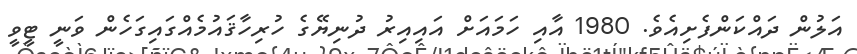
އަލުން ދައްކަންފެށިއެވެ. 1980 އާއި ހަމައަށް އައިއިރު ދުނިޔޭގެ ހުރިހާޤައުމެއްގައިގަހެން ވަނީ ޓީވީ